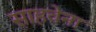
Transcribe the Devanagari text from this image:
साहवेना